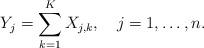
LaTeX: \begin{align*}Y_j=\sum_{k=1}^{K}X_{j,k},\ \ \ j=1,\ldots,n.\end{align*}